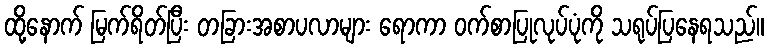
ထို့နောက် မြက်ရိတ်ပြီး တခြားအစာပလာများ ရောကာ ဝက်စာပြုလုပ်ပုံကို သရုပ်ပြနေရသည်။